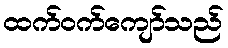
ထက်ဝက်ကျော်သည်